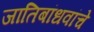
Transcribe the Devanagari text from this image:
जातिबांधवांचे